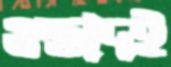
ওস্তাদই